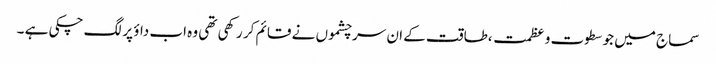
سماج میں جو سطوت و عظمت ،طاقت کے ان سرچشموں نے قائم کر رکھی تھی وہ اب داؤ پر لگ چکی ہے ۔